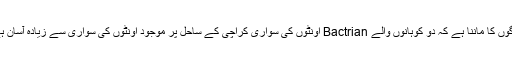
لوگوں کا ماننا ہے کہ دو کوہانوں والے Bactrian اونٹوں کی سواری کراچی کے ساحل پر موجود اونٹوں کی سواری سے زیادہ آسان ہے۔